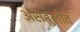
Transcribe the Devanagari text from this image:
असंतुलीत